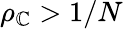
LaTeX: \rho_{\mathbb{C}}>1/N